Annual administration report of the Civil Veterinary Department of India - 1908-1909
Year: 1908
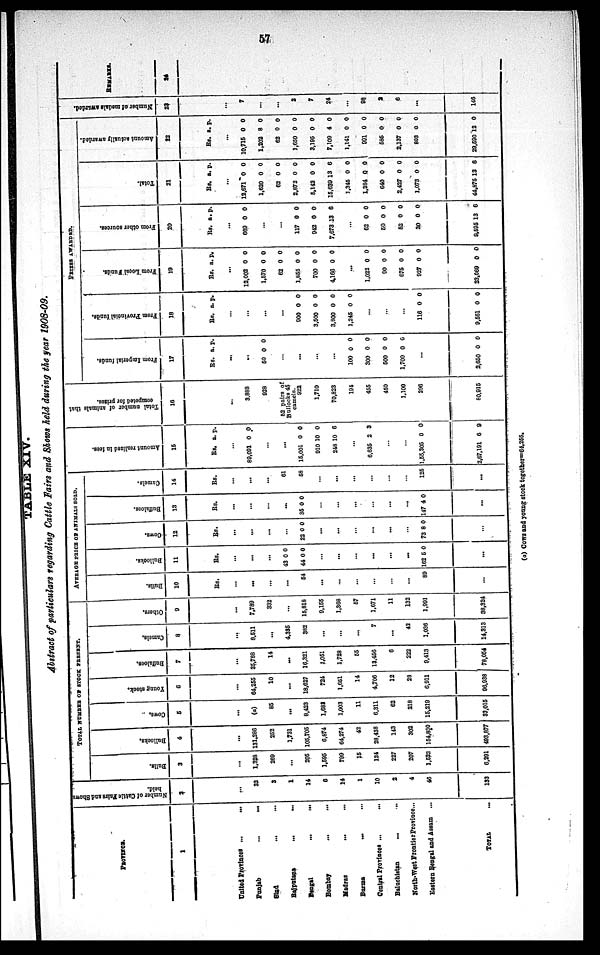
57
TABLE XIV.
Abstract of particulars regarding Cattle Fairs and Shows held during the year 1908-09
PROVINCE.
1
United Province ... ...
Punjab
...
...
Sind ... ...
Rajputana ...
...
Bengal
...
...
Bombay ... ....
Madras
...
...
Burma
...
...
Central Provinces ... ...
Baluchistan
...
...
North-West Frontier Province...
Eastern Bengal and Assam ...
TOTAL ...
Number of Cattle Fairs and Shows
held.
2
...
32
3
1
14
6
14
1
10
2
4
46
133
TOTAL NUMBER OF STOCK PRESENT.
Bulls.
3
...
1,328
269
...
205
1,695
799
15
124
227
207
1,522
6,291
Bullocks.
4
...
131,286
262
1,731
105,705
6,874
64,274
42
28,438
143
302
154,830
493,877
Cows.
5
...
(a)
85
...
8,423
1,683
1,003
11
6,311
62
218
15,219
33,015
Young stock.
6
...
64,255
10
...
18,627
724
1,651
14
4,706
12
23
6,911
96,938
Buffaloes.
7
...
35,788
14
...
16,321
1,051
1,728
55
13,456
6
222
9,413
78,054
Camels.
8
...
8,511
...
4,335
382
...
...
...
7
...
42
1,036
14,313
Others.
9
...
7,789
332
...
15,818
9,155
1,368
57
1,671
11
132
1,991
38,324
AVERAGE PRICE OF ANIMALS SOLD.
Bulls.
10
Rs.
...
...
...
...
54
...
...
...
...
...
...
89
...
Bullocks.
11
Rs.
43
44
...
162
.
...
...
...
0
0
...
...
...
...
...
5
..
0
0
0
Cows.
12
Rs.
22
.
.
.
.
.
.
73
.
...
...
...
...
0
..
..
..
..
..
..
8
..
0
0
Buffaloes.
13
Rs.
35
...
...
.
.
147
.
...
...
...
...
0
...
...
..
..
4
..
0
0
Camels.
14
Rs.
...
...
...
61
58
...
...
...
...
...
...
125
...
Amount realized in fees.
15
Rs.
...
89,091
...
...
15,001
910
248
...
6,635
...
...
1,55,305
2,67,191
a.
0
0
10
10
2
0
6
p.
0
0
0
6
9
0
9
Tot al number of animals that
competed for prizes.
16
...
3,888
928
62 pairs of
Bullocks 45
camels.
922
1,710
70,823
194
455
450
1,100
296
80,915
PRIZES AWARDED.
Fr om I mper i
al funds.
17
Rs.
50
100
300
500
1,700
2,650
a.
...
...
0
...
...
...
...
0
0
0
0
...
0
p.
0
0
0
0
0
0
Fr om Pr ovi nci al f
unds .
18
Rs.
900
3,500
3,800
1,245
116
9,561
a.
...
...
...
...
0
0
0
0
...
...
...
0
0
p.
0
0
0
0
0
0
Fr om L o c a l Funds .
19
Rs.
12,002
1,670
62
1,865
700
4,166
1,022
90
675
927
23,069
a.
...
0
0
0
0
0
0
...
0
0
0
0
0
p.
0
0
0
0
0
0
0
0
0
0
0
Fr om other sources.
20
Rs.
669
117
942
7,673
62
50
52
30
9,695
a.
...
0
...
...
0
0
13
...
0
0
0
0
13
p.
0
0
0
6
0
0
0
0
6
Tot al .
21
Rs.
...
12,671
1,620
62
2,872
5,142
16,639
1,345
1,384
640
2,427
1,073
44,876
a.
0
0
0
0
0
13
0
0
0
0
0
13
p.
0
0
0
0
0
6
0
0
0
0
0
6
Amo u n t actually awarded.
22
Rs.
10,715
1,202
62
1,650
3,195
7,109
1,141
991
585
2,137
803
29,590
a.
...
0
8
0
0
0
4
0
0
0
0
0
12
p.
0
0
0
0
0
0
0
0
0
0
0
0
Number of medals awarded.
23
...
7
...
...
2
7
24
...
98
2
6
...
146
REMARKS.
24
(a) Cows and young stock together=64,255.